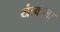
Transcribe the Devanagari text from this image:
यंत्र्कला